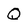
Character: Q